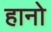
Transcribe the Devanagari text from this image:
हानो